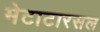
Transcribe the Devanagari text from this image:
मेटाटारसल